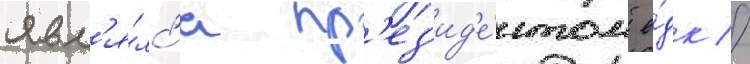
явл'я́лс'я пр'ез'ид'е́нтом е́дк //